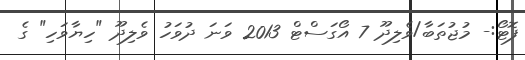
ފޮޓޯ:- މުޖުތަބާ/ވެލިދޫ 7 އޯގަސްޓް 2013 ވަނަ ދުވަހު ވެލިދޫ "ހިޔާވަހި" ގެ